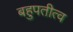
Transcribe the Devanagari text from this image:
बहुपतीत्व